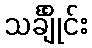
သင်္ချိုင်း